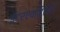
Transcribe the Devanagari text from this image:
इंटरएक्टिविटी